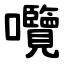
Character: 囕